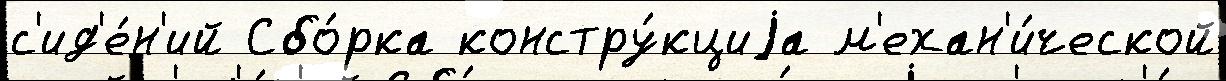
с'ид'е́н'ий Сбо́рка констру́кциjа м'ехан'и́ческой